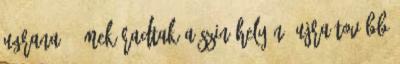
ugrana. - MEK radtak a szin helyén, ujra tovább